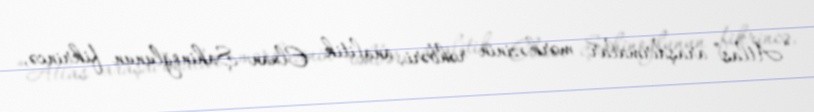
“Atlas” araşdırmalar mərkəzinin rəhbəri, analitik Elxan Şahinoğlunun fikrincə,